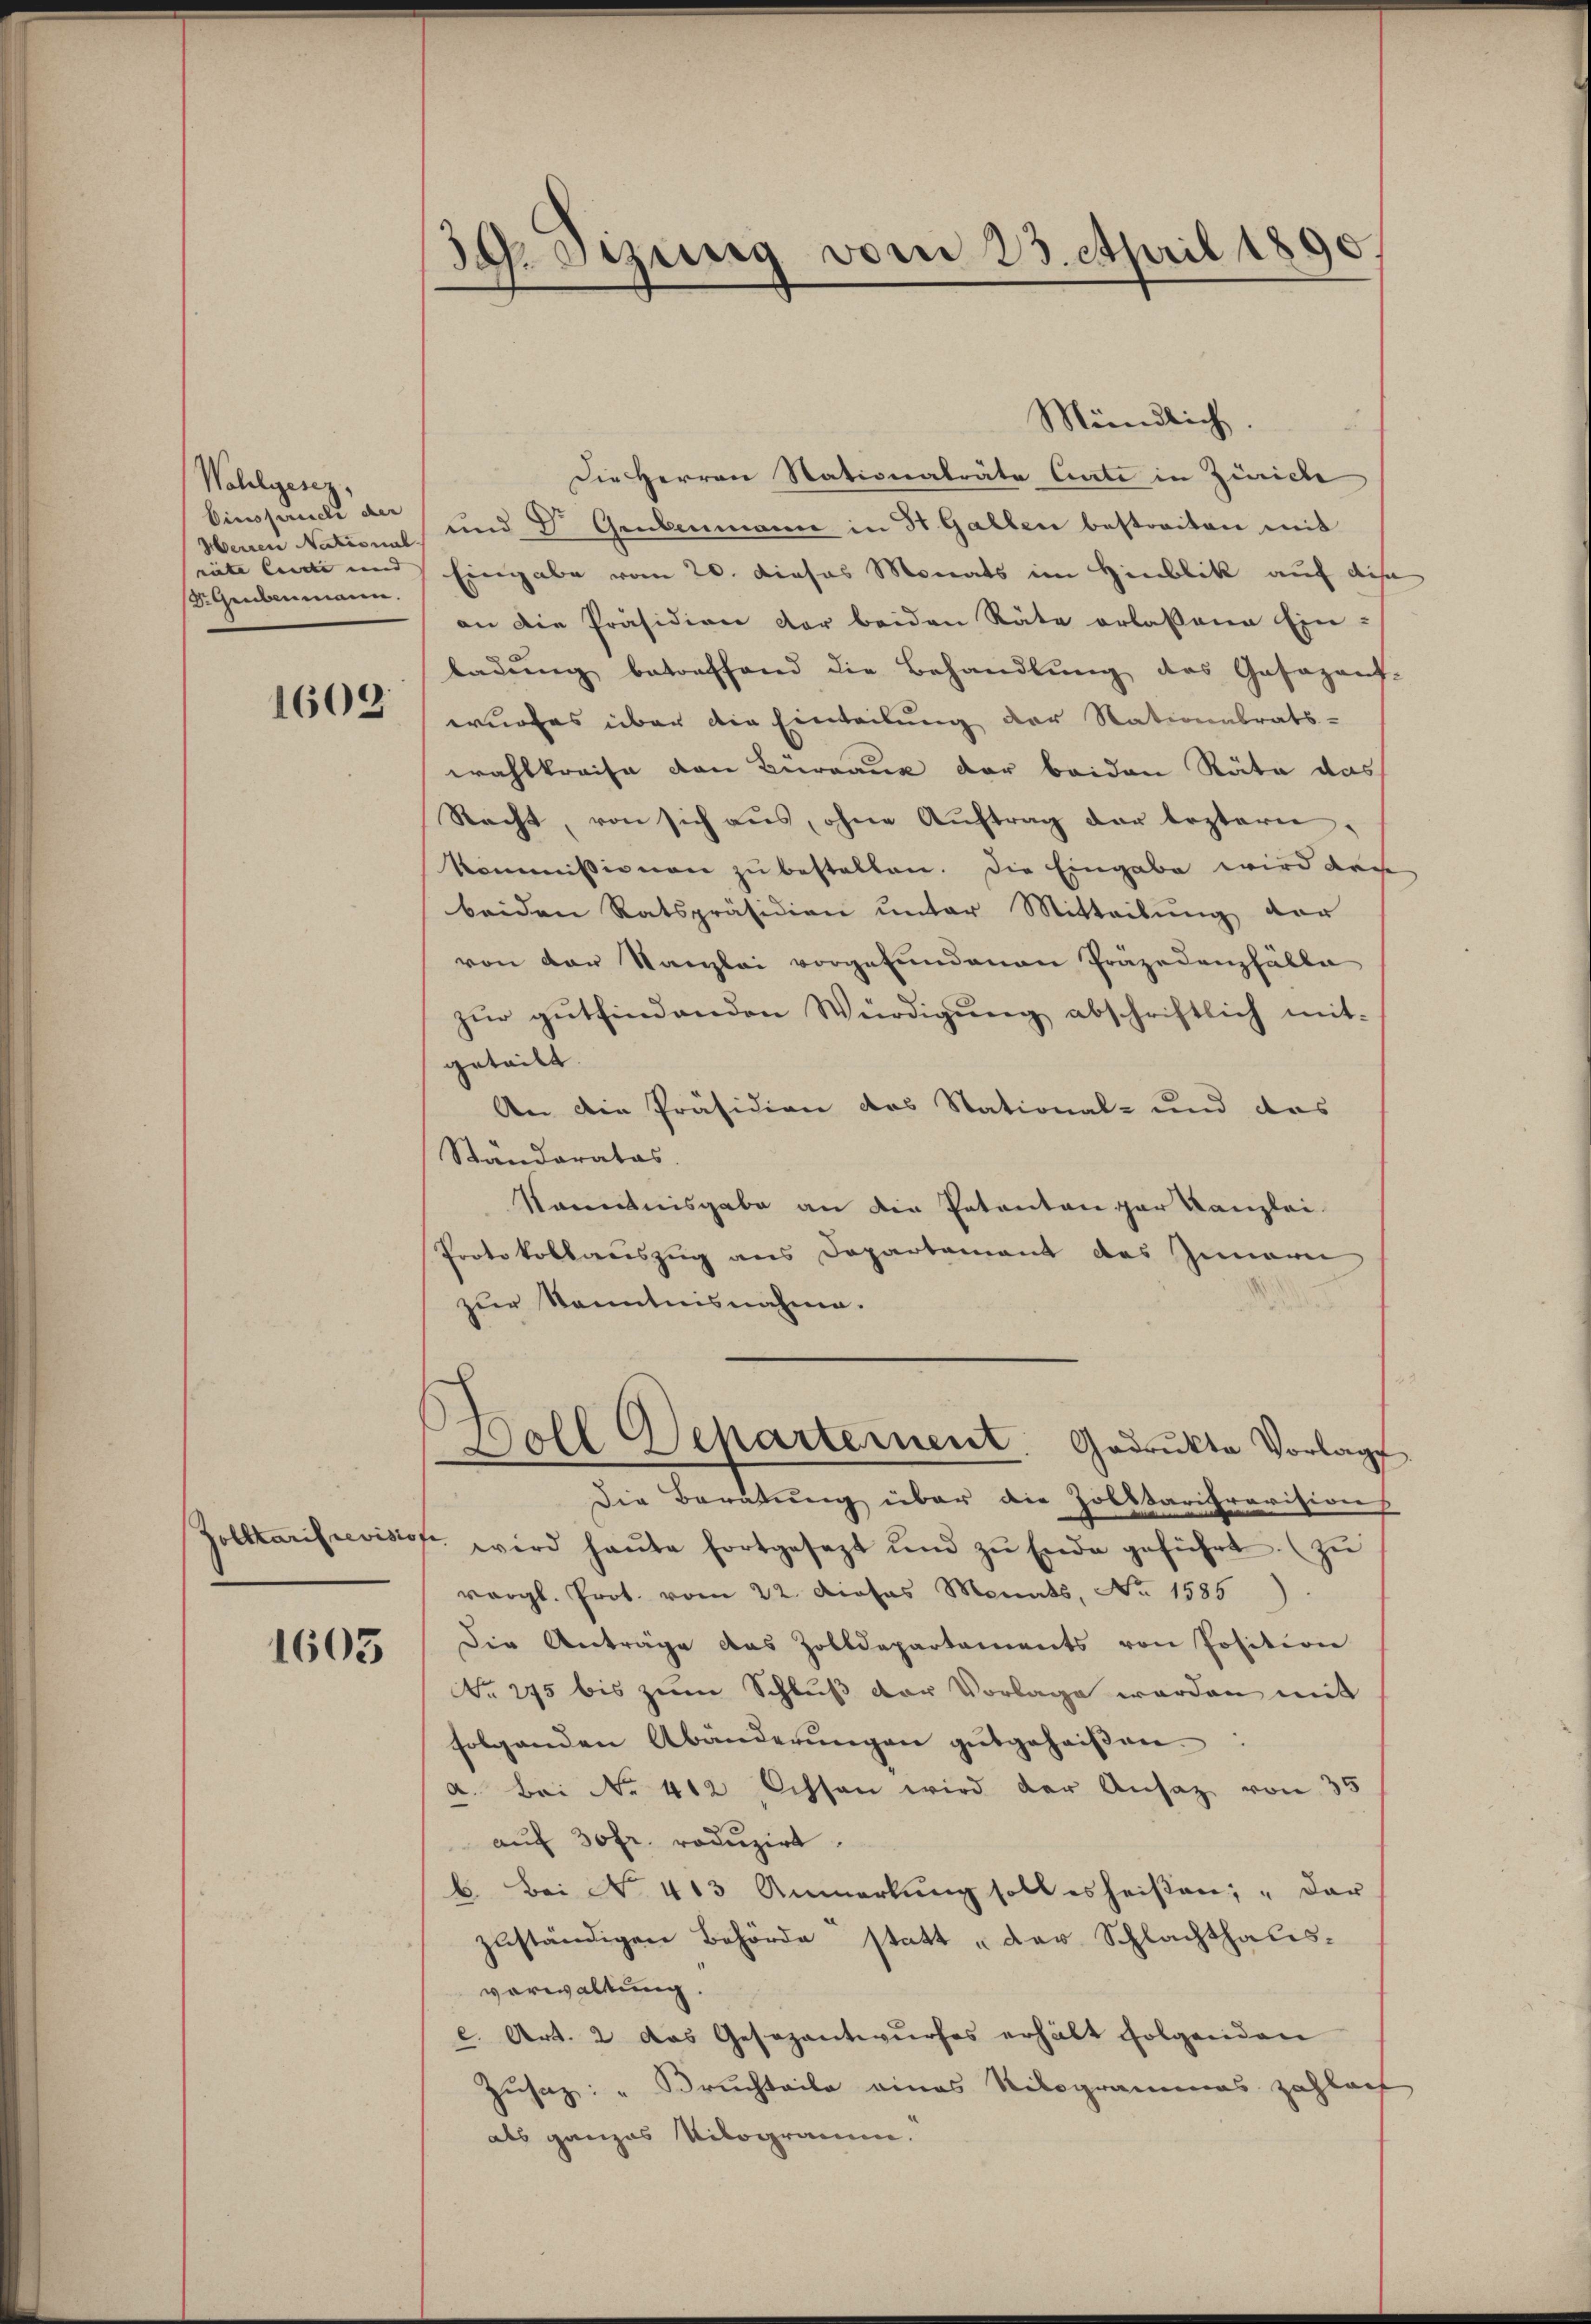
Wohlgesez,
Einssance der
Herren National.
nute leide und |
Dr. Grebenmann.

1609

1603

39. Sizung vom 23. April 1890.

Mündlich.

Die Herren Nationalräte Ante in Zürich
und Dr. Gebenmann in St. Gallen bestreiten mit
Eingabe vom 20. Dieses Monats im Hinblik auf die
an die Präsidion der beiden Räte erlasseren Ein-
ladŭng betreffend die Behandlŭng des Gasaganf-
wurfes über die Einteilung der Stationalrats-
wahlkreise von Bureaux der beiden Räte das
Racht, von sich aus, ohne Aŭftrag der leztere
Kommissionen zu bestallen. Die Eingabe wird das
beiden Ratspräsidien ŭnter Mitteilŭng vor
von der Kanzlei vorgefundenen Präzedanzfälle
zŭr gŭtfindenden Würdigŭng abschriftlich mit
geteilt.
An die Präsidien das Stational- und das
Standerates.
Kenntnisgabe an die Patenten gar Kanzlei
Protokollauszug aus Departement des Innern
zur Kenntnisnahme.
Doll Departement. Gadrŭkta Vorlage
Die Beratung über die Zolktarifravisions
polltarisrevision wird haŭte fortgesezt und zŭ Ende geführt. (zŭ
vergl. Prot. vom 22. Dieses Monats, No. 1586.
Die Anträge das Zolldepartements von Position
NNo. 295 bis zum Schluß der Vorlage werden mit
folgenden Abänderŭngen gutgeheißen.
a. Bei No 412 Ochsen wird der Ansaz von 35
auf 30fr. reduzirt.
b. Bei No. 413 Anmerkŭng soll es heißen; „dar
zuständigen Behörde statt „der Schlachthales-
verwaltung.
c. Art. 2 das Gesezantwurfes erhält folgenden
Zusaz: " Bruchteile eines Nilogrammes Zahlach
als ganzes Vilogramm.